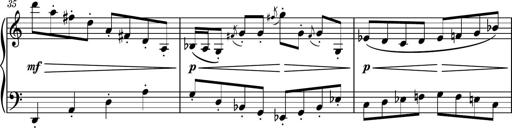
Title: Piano Sonatina No.3
Composer: Dimitri Sykias
Key: C major